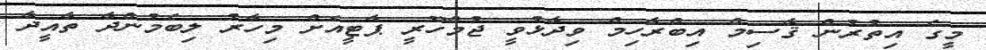
މީގެ އިތުރުން ޤާސިމް އިބްރާހިމް ވިދާޅުވީ ޖުމްހޫރީ ޕާޓީއަށް މިހާރު ލިބެމުންދާ ތާއީދާ